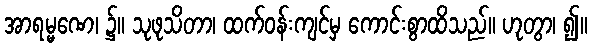
အာရမ္မဏေ၊ ၌။ သုဖုသိတာ၊ ထက်ဝန်းကျင်မှ ကောင်းစွာထိသည်။ ဟုတွာ၊ ၍။